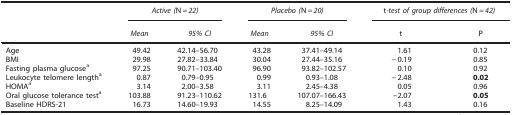
<table><thead><tr><td><b> </b></td><td colspan="2"><b><i>Active (</i>N=<i>22)</i></b></td><td colspan="2"><b><i>Placebo (</i>N=<i>20)</i></b></td><td colspan="2"><b>t<i>-test of group differences (</i>N=<i>42)</i></b></td></tr><tr><td><b> </b></td><td><b><i>Mean</i></b></td><td><b><i>95% CI</i></b></td><td><b><i>Mean</i></b></td><td><b><i>95% CI</i></b></td><td><b>t</b></td><td><b>P</b></td></tr></thead><tbody><tr><td>Age</td><td>49.42</td><td>42.14–56.70</td><td>43.28</td><td>37.41–49.14</td><td>1.61</td><td>0.12</td></tr><tr><td>BMI</td><td>29.98</td><td>27.82–33.84</td><td>30.04</td><td>27.44–35.16</td><td>−0.19</td><td>0.85</td></tr><tr><td>Fasting plasma glucosea</td><td>97.25</td><td>90.71–103.40</td><td>96.90</td><td>93.82–102.57</td><td>0.10</td><td>0.92</td></tr><tr><td>Leukocyte telomere lengtha</td><td>0.87</td><td>0.79–0.95</td><td>0.99</td><td>0.93–1.08</td><td>−2.48</td><td><b>0.02</b></td></tr><tr><td>HOMAa</td><td>3.14</td><td>2.00–3.58</td><td>3.11</td><td>2.45–4.38</td><td>0.05</td><td>0.96</td></tr><tr><td>Oral glucose tolerance testa</td><td>103.88</td><td>91.23–110.62</td><td>131.6</td><td>107.07–166.43</td><td>−2.07</td><td><b>0.05</b></td></tr><tr><td>Baseline HDRS-21</td><td>16.73</td><td>14.60–19.93</td><td>14.55</td><td>8.25–14.09</td><td>1.43</td><td>0.16</td></tr></tbody></table>